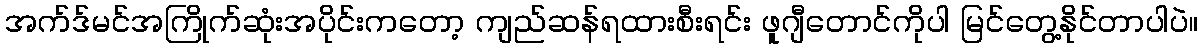
အက်ဒ်မင်အကြိုက်ဆုံးအပိုင်းကတော့ ကျည်ဆန်ရထားစီးရင်း ဖူဂျီတောင်ကိုပါ မြင်တွေ့နိုင်တာပါပဲ။